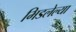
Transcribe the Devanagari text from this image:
भिडलेल्या